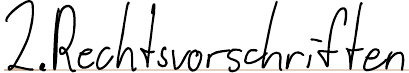
2. Rechtsvorschriften